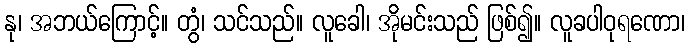
နု၊ အဘယ်ကြောင့်။ တွံ၊ သင်သည်။ လူခေါ၊ အိုမင်းသည် ဖြစ်၍။ လူခပါဝုရဏော၊